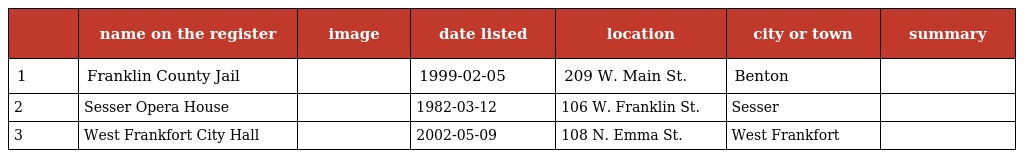
|  | name on the register | image | date listed | location | city or town | summary |
 | --- | --- | --- | --- | --- | --- | --- |
 | 1 | Franklin County Jail |  | 1999-02-05 | 209 W. Main St. | Benton |  |
 | 2 | Sesser Opera House |  | 1982-03-12 | 106 W. Franklin St. | Sesser |  |
 | 3 | West Frankfort City Hall |  | 2002-05-09 | 108 N. Emma St. | West Frankfort |  |